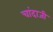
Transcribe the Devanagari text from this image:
चांदाजी